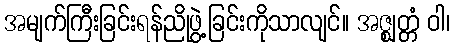
အမျက်ကြီးခြင်းရန်ညိုဖွဲ့ခြင်းကိုသာလျင်။ အဇ္ဈတ္တံ ဝါ၊